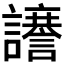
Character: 𮙆